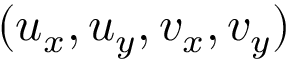
( u _ { x } , u _ { y } , v _ { x } , v _ { y } )